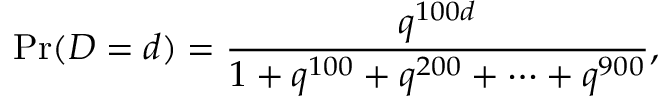
\operatorname* { P r } ( D = d ) = { \frac { q ^ { 1 0 0 d } } { 1 + q ^ { 1 0 0 } + q ^ { 2 0 0 } + \cdots + q ^ { 9 0 0 } } } ,